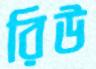
রিউ